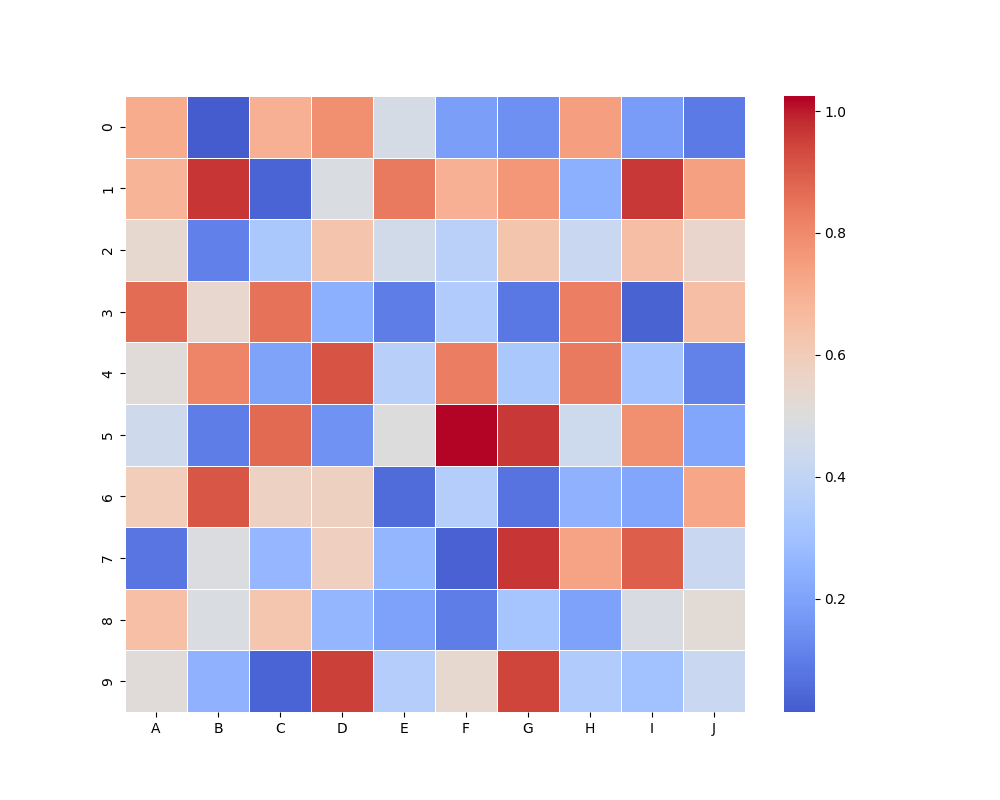
python, seaborn, heatmap, cmap='coolwarm', linewidths=0.5, center=0.5